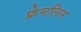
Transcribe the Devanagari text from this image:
फ्रेमलिन